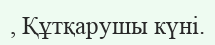
, Құтқарушы күні.